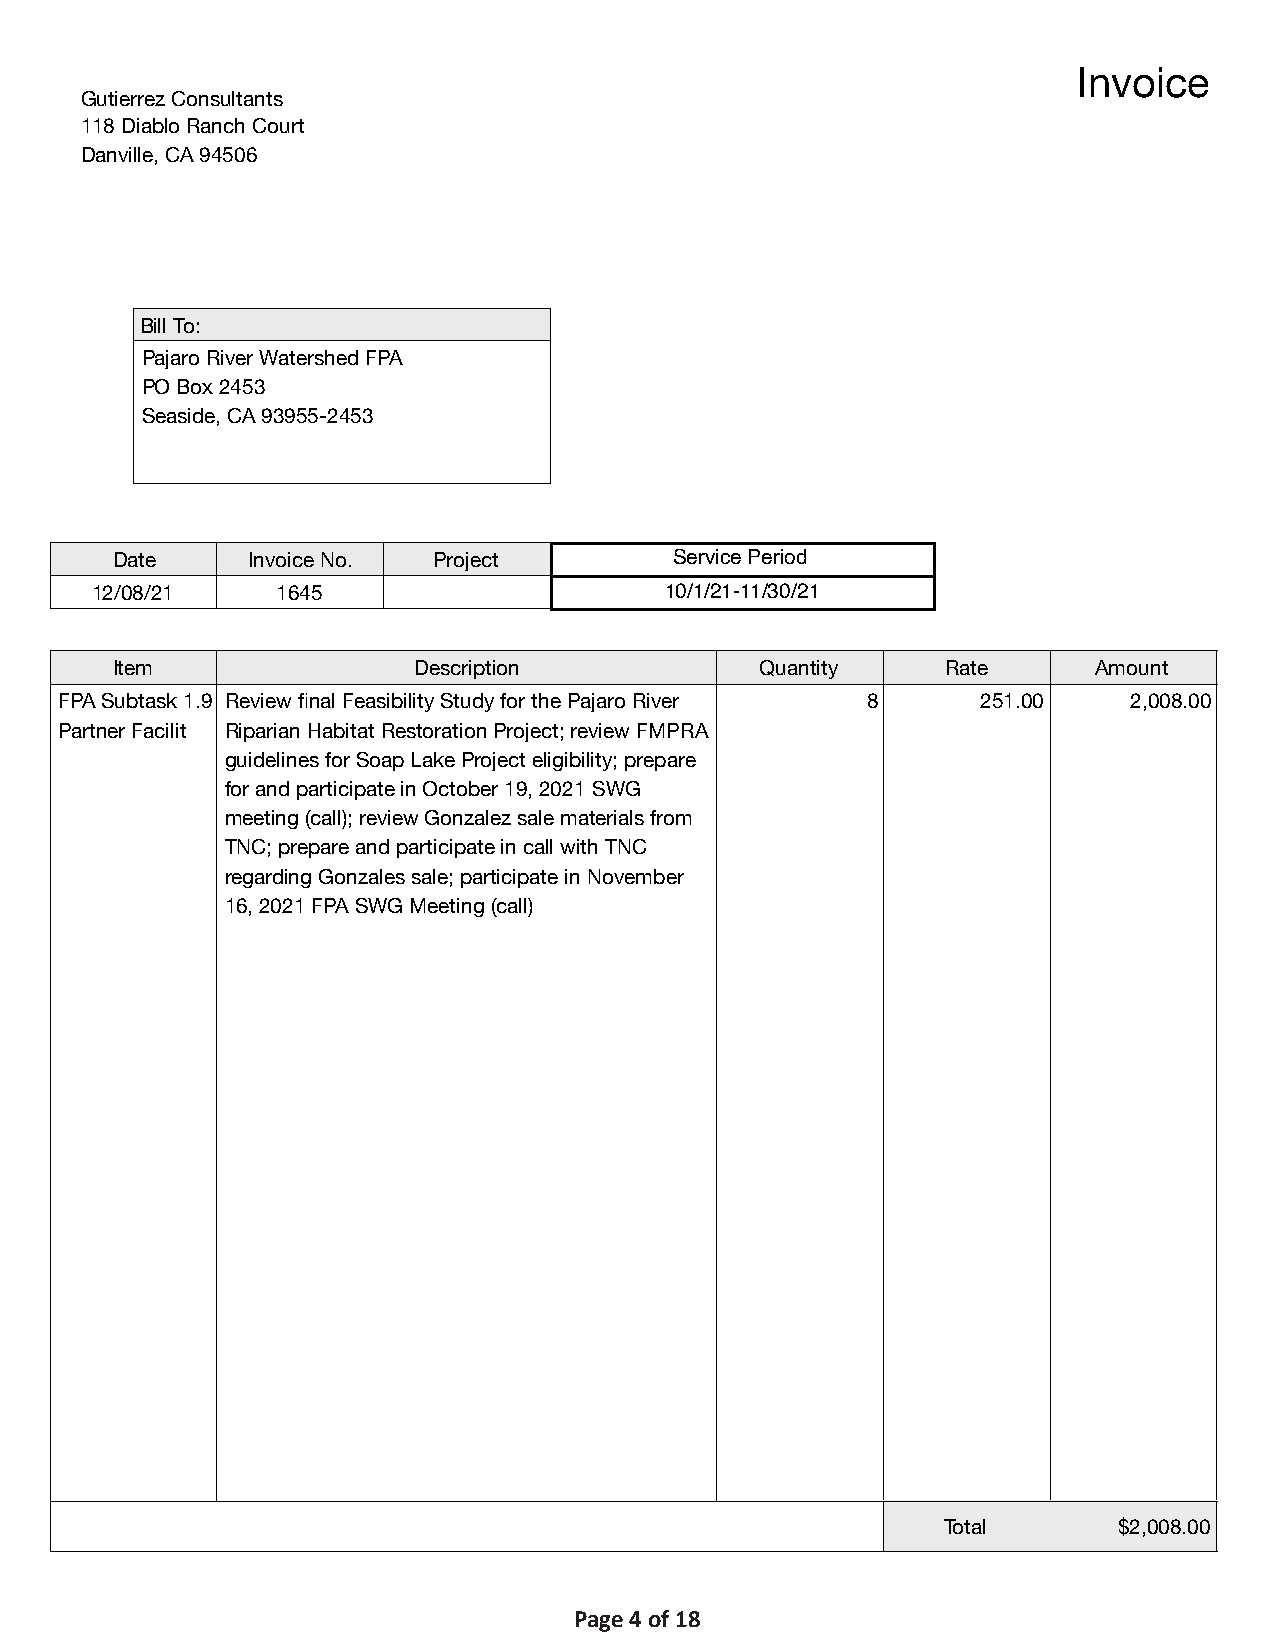
Invoice
 Gutierrez Consultants
 118 Diablo Ranch Court
 Danville, CA 94506
 Bill To:
 Pajaro River Watershed FPA
 PO Box 2453
 Seaside, CA 93955-2453
 Date     Invoice No.  Project         Service Period
 12/08/21    1645                      10/1/21-11/30/21
 Item                Description            Quantity     Rate      Amount
 FPA Subtask 1.9 Review final Feasibility Study for the Pajaro River 8 251.00 2,008.00
 Partner Facilit Riparian Habitat Restoration Project; review FMPRA
 guidelines for Soap Lake Project eligibility; prepare
 for and participate in October 19, 2021 SWG
 meeting (call); review Gonzalez sale materials from
 TNC; prepare and participate in call with TNC
 regarding Gonzales sale; participate in November
 16, 2021 FPA SWG Meeting (call)
 Total       $2,008.00
 Page 4 of 18